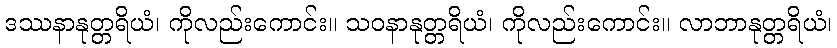
ဒဿနာနုတ္တရိယံ၊ ကိုလည်းကောင်း။ သဝနာနုတ္တရိယံ၊ ကိုလည်းကောင်း။ လာဘာနုတ္တရိယံ၊